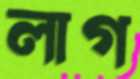
লাগ